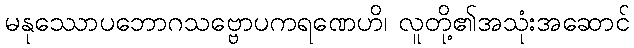
မနုဿောပဘောဂသဗ္ဗောပကရဏေဟိ၊ လူတို့၏အသုံးအဆောင်